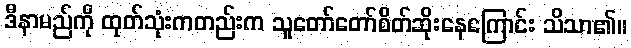
ဒီနာမည်ကို ထုတ်သုံးကတည်းက သူတော်တော်စိတ်ဆိုးနေကြောင်း သိသာ၏။